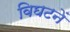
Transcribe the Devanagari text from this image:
विघटनें